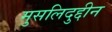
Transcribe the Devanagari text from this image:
मुसलिदुद्दीन